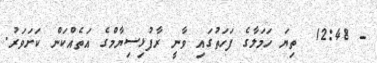
- 12:48  ތިޔަ ހަމަލާގެ ފަހަތުގައި ވާނީ ރާފުޅިސިޔާމްގެ އަތެއްކަން ކަށަވަރު.